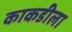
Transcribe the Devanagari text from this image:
काकडीला